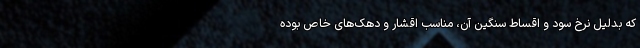
که بدلیل نرخ سود و اقساط سنگین آن، مناسب اقشار و دهک‌های خاص بوده